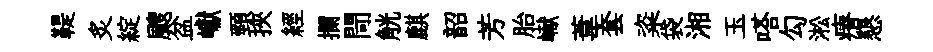
鞮炙綻颼盆巘頸挾經攔閜觥麒韶芳胎𪩘葦套粢袋湘玉嗒勾淞瘠懇